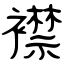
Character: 襟